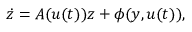
{ \dot { z } } = A ( u ( t ) ) z + \phi ( y , u ( t ) ) ,